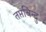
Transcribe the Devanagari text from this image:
तप्तबिन्दु